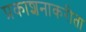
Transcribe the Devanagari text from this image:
प्रकाशनाकरीता